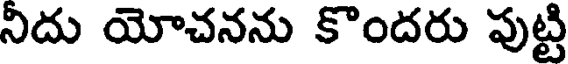
నిదు యోచనను కొందరు పుట్టి